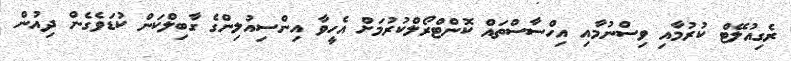
ރެގިއުލޭޓް ކުރުމާއި ވިސްނުމާއި އިހްސާސްތައް ކޮންޓްރޯލްކުރުމަށް އެހީވާ އިންސިއުލިންގެ ގާބިލްކަން ކުޑަވެގެން ދިއުން